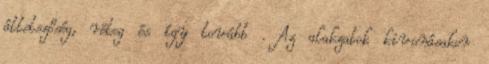
áttetszőség, réteg és így tovább . Az alakzatok kivonásakor